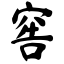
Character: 窖